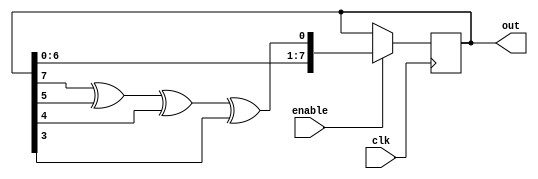
module lfsr(
	 input clk, 
	 input enable,
	 output reg [7:0] out = 255
);

//8,6,5,4 - https://en.wikipedia.org/wiki/Linear-feedback_shift_register#Some_polynomials_for_maximal_LFSRs
wire linear_feedback;
assign linear_feedback = (out[7] ^ out[5] ^ out[4] ^ out[3]);

always @(posedge clk) begin
	if(enable)
		out <= { out[6] , out[5], out[4], out[3], out[2], out[1], out[0], linear_feedback};

end

endmodule